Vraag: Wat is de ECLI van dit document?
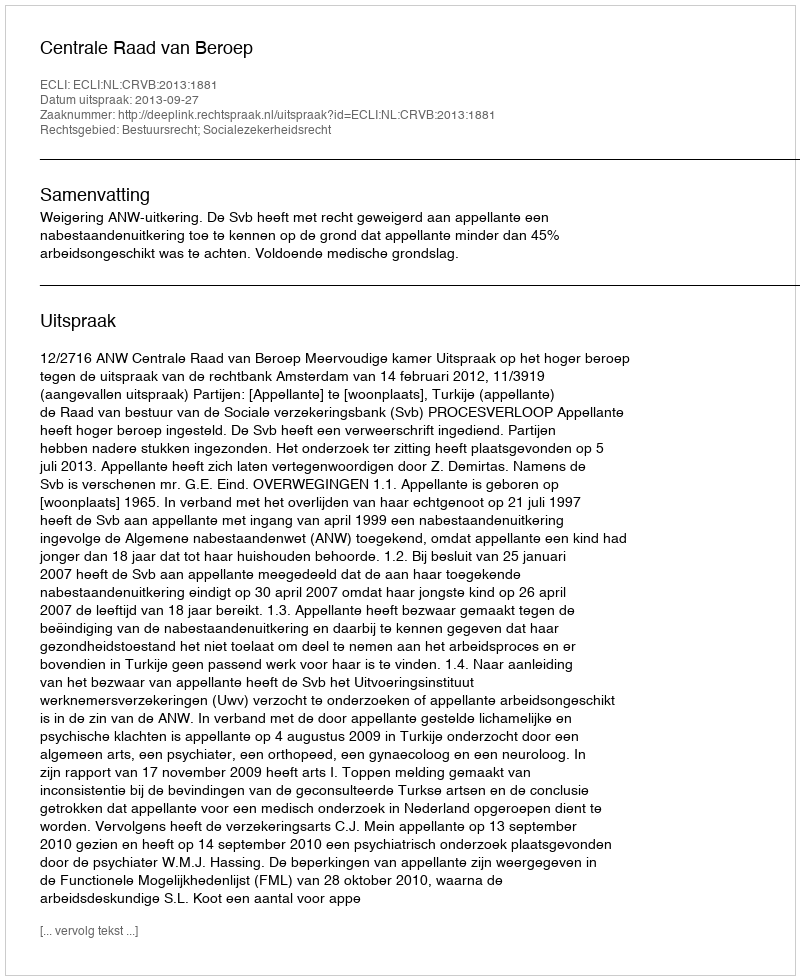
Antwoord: ECLI:NL:CRVB:2013:1881